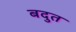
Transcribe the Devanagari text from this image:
बदुत